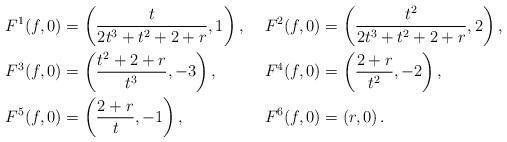
LaTeX: \begin{align*}F^1(f,0) &= \left( \frac{t}{2t^3 + t^2 + 2 + r}, 1 \right), &F^2(f,0) &= \left( \frac{t^2}{2t^3 + t^2 + 2 + r}, 2 \right), \\F^3(f,0) &= \left( \frac{t^2 + 2 + r}{t^3}, -3 \right), &F^4(f,0) &= \left( \frac{2 + r}{t^2}, -2 \right), \\F^5(f,0) &= \left( \frac{2 + r}{t}, -1 \right), &F^6(f,0) &= \left( r, 0 \right).\end{align*}